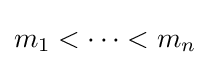
m_{1}<\cdots <m_{n}